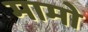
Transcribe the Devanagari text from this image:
मामो